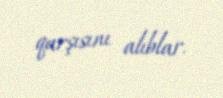
qarşısını alıblar.